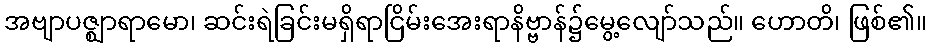
အဗျာပဇ္ဈာရာမော၊ ဆင်းရဲခြင်းမရှိရာငြိမ်းအေးရာနိဗ္ဗာန်၌မွေ့လျော်သည်။ ဟောတိ၊ ဖြစ်၏။